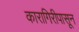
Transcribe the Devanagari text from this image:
कारागिरीपासून